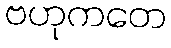
ဗဟုကတေ